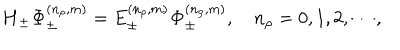
{ \bf H } _ { \pm } { \bf \Phi } _ { \pm } ^ { ( n _ { \rho } , m ) } = E _ { \pm } ^ { ( n _ { \rho } , m ) } { \bf \Phi } _ { \pm } ^ { ( n _ { \rho } , m ) } , \quad n _ { \rho } = 0 , 1 , 2 , \cdots ,